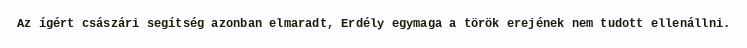
Az ígért császári segítség azonban elmaradt, Erdély egymaga a török erejének nem tudott ellenállni.